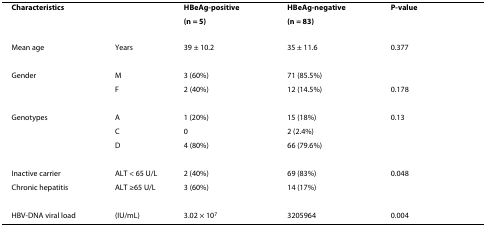
<table><thead><tr><td><b>Characteristics</b></td><td></td><td><b>HBeAg-positive</b></td><td><b>HBeAg-negative</b></td><td><b>P-value</b></td></tr><tr><td></td><td></td><td><b>(n = 5)</b></td><td><b>(n = 83)</b></td><td></td></tr></thead><tbody><tr><td>Mean age</td><td>Years</td><td>39 ± 10.2</td><td>35 ± 11.6</td><td>0.377</td></tr><tr><td>Gender</td><td>M</td><td>3 (60%)</td><td>71 (85.5%)</td><td></td></tr><tr><td></td><td>F</td><td>2 (40%)</td><td>12 (14.5%)</td><td>0.178</td></tr><tr><td>Genotypes</td><td>A</td><td>1 (20%)</td><td>15 (18%)</td><td>0.13</td></tr><tr><td></td><td>C</td><td>0</td><td>2 (2.4%)</td><td></td></tr><tr><td></td><td>D</td><td>4 (80%)</td><td>66 (79.6%)</td><td></td></tr><tr><td>Inactive carrier</td><td>ALT &lt; 65 U/L</td><td>2 (40%)</td><td>69 (83%)</td><td>0.048</td></tr><tr><td>Chronic hepatitis</td><td>ALT ≥65 U/L</td><td>3 (60%)</td><td>14 (17%)</td><td></td></tr><tr><td>HBV-DNA viral load</td><td>(IU/mL)</td><td>3.02 × 10<sup>7</sup></td><td>3205964</td><td>0.004</td></tr></tbody></table>